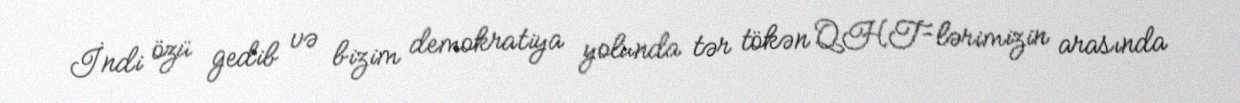
İndi özü gedib və bizim demokratiya yolunda tər tökən QHT-lərimizin arasında